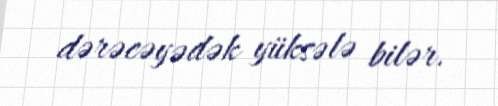
dərəcəyədək yüksələ bilər.